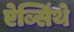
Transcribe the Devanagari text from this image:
ऐब्सिंथे